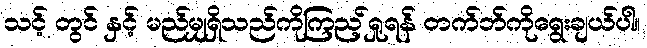
သင့် တွင် နှင့် မည်မျှရှိသည်ကိုကြည့်ရှုရန် တက်ဘ်ကိုရွေးချယ်ပါ။